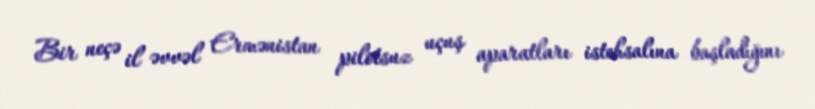
Bir neçə il əvvəl Ermənistan pilotsuz uçuş aparatları istehsalına başladığını